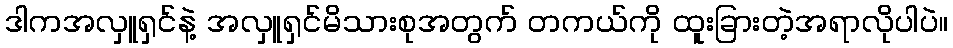
ဒါကအလှူရှင်နဲ့ အလှူရှင်မိသားစုအတွက် တကယ်ကို ထူးခြားတဲ့အရာလိုပါပဲ။